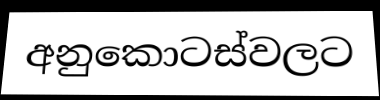
අනුකොටස්වලට